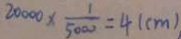
2 0 0 0 0 \times \frac { 1 } { 5 0 0 0 } = 4 ( c m )